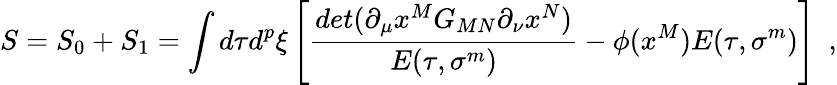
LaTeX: S=S_{0}+S_{1}=\int d\tau d^{p}\xi\left[{\frac{det(\partial_{\mu}x^{M}G_{MN}\partial_{\nu}x^{N})}{E(\tau,\sigma^{m})}}-{\phi(x^{M})}E(\tau,\sigma^{m})\right]~~,